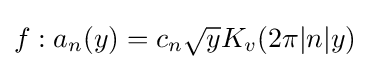
f:a_{n}(y)=c_{n}{\sqrt {y}}K_{v}(2\pi |n|y)